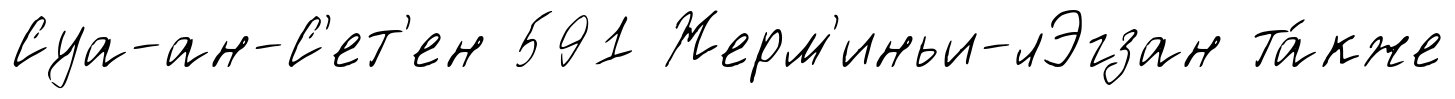
Суа-ан-С'ет'ен 591 Жерм'иньи-лЭгзан та́кже